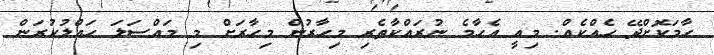
ހާމަކޮށްދޭ ހެއްކެއް. މިއީ އެހާމެ ނުރައްކާތެރި މިހާރުން މިހާރަށް މި މައްސަލަ ހައްލުކުރަން